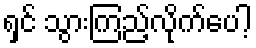
ရှင် သွားကြည့်လိုက်ပေါ့